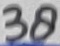
Text: 38